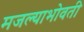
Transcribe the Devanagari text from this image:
मजल्याभोवती